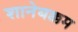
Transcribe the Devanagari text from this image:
शानेबक्कम